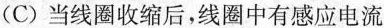
(C)当线圈收缩后，线圈中有感应电流